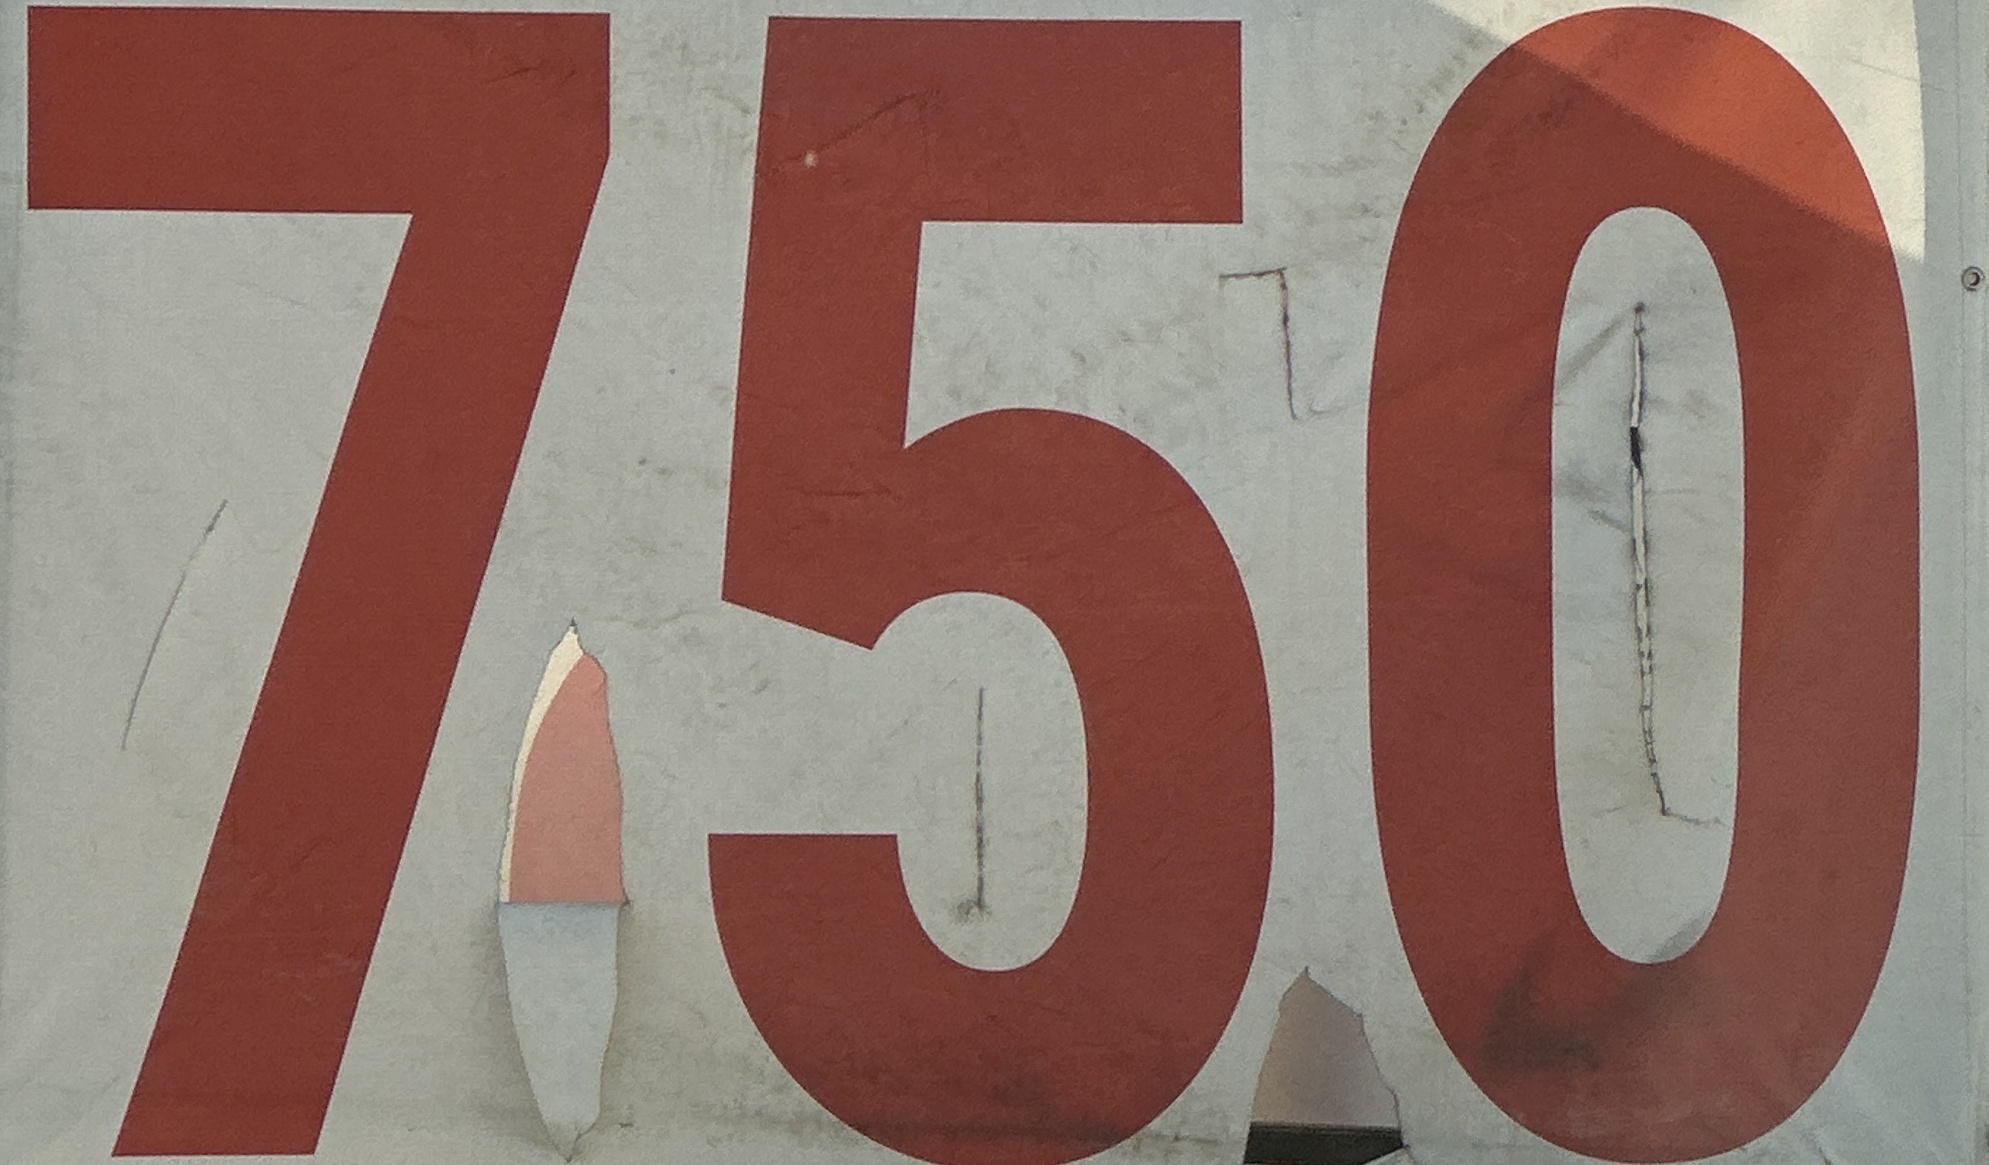
750